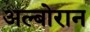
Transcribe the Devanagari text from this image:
अल्बोरान